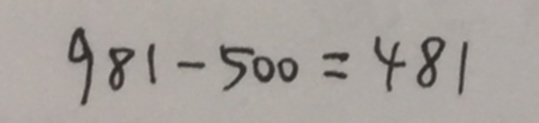
9 8 1 - 5 0 0 = 4 8 1